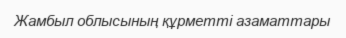
Жамбыл облысының құрметті азаматтары